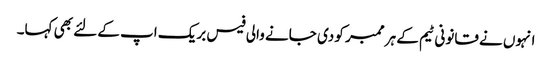
انہوں نے قانونی ٹیم کے ہر ممبر کو دی جانے والی فیس بریک اپ کے لئے بھی کہا۔